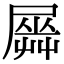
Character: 𡳡